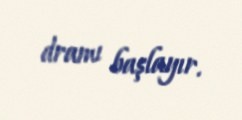
dramı başlayır.